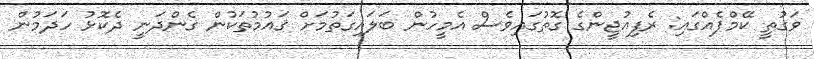
ވަގުތީ ކޭމްޕެއްގައި: ރެފިއުޖީންގެ ގޮތުގައިވެސް އެމީހުން ބަލައިގަތުމަށް ޤައުމުތަކުން ގެންދަނީ ދެކޮޅު ހަދަމުން